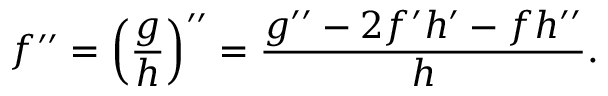
f ^ { \prime \prime } = \left( { \frac { g } { h } } \right) ^ { \prime \prime } = { \frac { g ^ { \prime \prime } - 2 f ^ { \prime } h ^ { \prime } - f h ^ { \prime \prime } } { h } } .